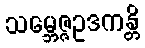
သမ္ဘေဇ္ဇဥဒကန္တိ